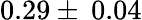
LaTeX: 0.29\pm\: 0.04